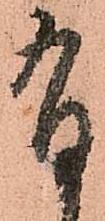
有